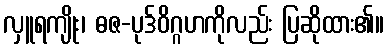
လှူရကျိုး၊ ဓဇ-ပုဒ်ဝိဂ္ဂဟကိုလည်း ပြဆိုထား၏။